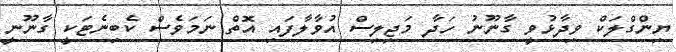
ޔިންގްލަކް ވިދާޅުވީ ގާނޫނު ހަދާ މަޖިލިސް އުވާލާފައި އޮތް ނަމަވެސް ކެބިނެޓަކީ ގާނޫނީ